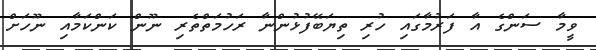
ވީމާ ސަންގެ އާ ފަރުމާގައި ހުރި ތިޔަބޭފުޅުންނާ ރަހުމަތްތެރި ނޫން ކަންކަމާއި ނޫހަށް